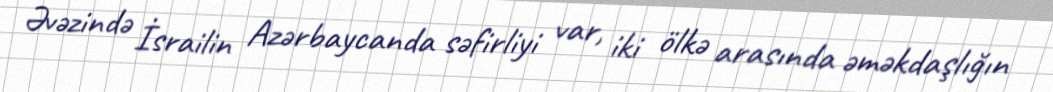
Əvəzində İsrailin Azərbaycanda səfirliyi var, iki ölkə arasında əməkdaşlığın